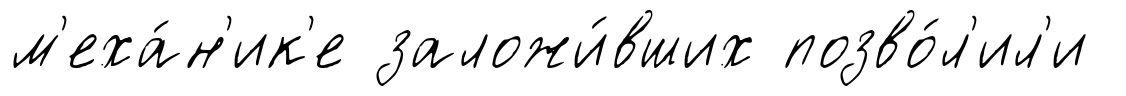
м'еха́н'ик'е заложи́вших позво́л'ил'и